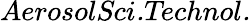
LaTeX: \textit{AerosolSci.Technol.}